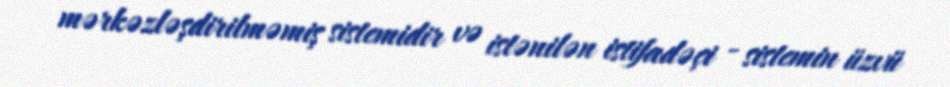
mərkəzləşdirilməmiş sistemidir və istənilən istifadəçi - sistemin üzvü